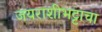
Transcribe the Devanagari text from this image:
जयराशीभट्टाचा